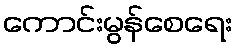
ကောင်းမွန်စေရေး